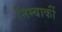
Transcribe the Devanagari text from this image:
निम्बार्की